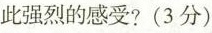
此强烈的感受?(3分)